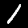
Digit: 1